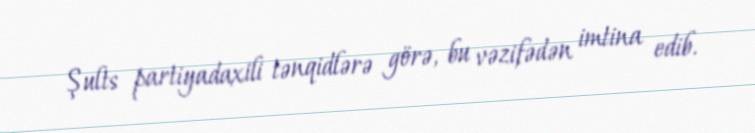
Şults partiyadaxili tənqidlərə görə, bu vəzifədən imtina edib.